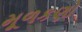
મૂળકણો